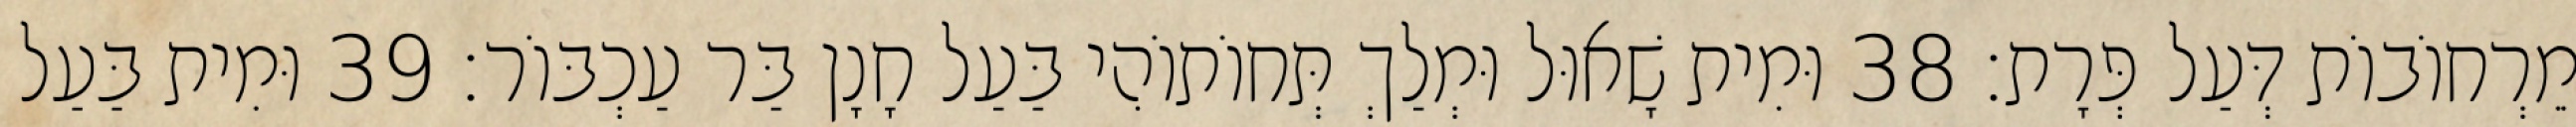
מֵרְחוֹבוֹת דְּעַל פְּרָת׃ 38 וּמִית שָׁאוּל וּמְלַךְ תְּחוֹתוֹהִי בַּעַל חָנָן בַּר עַכְבּוֹר׃ 39 וּמִית בַּעַל